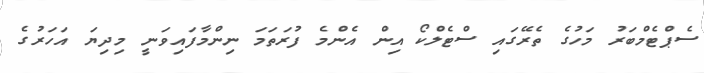
ސެޕްޓެމްބަރު މަހުގެ ތެރޭގައި ސްޓެލްކޯ އިން އެންމެ ފުރަތަމަ ނިންމާފައިވަނީ މިދިޔަ އަހަރުގެ